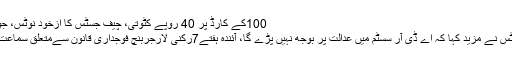
100کے کارڈ پر 40 روپے کٹوتی، چیف جسٹس کا ازخود نوٹس، جواب طلب
چیف جسٹس نے مزید کہا کہ اے ڈی آر سسٹم میں عدالت پر بوجھ نہیں پڑے گا، آئندہ ہفتے7رکنی لارجربنچ فوجداری قانون سےمتعلق سماعت کرےگا۔